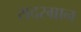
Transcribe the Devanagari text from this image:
सदरग्रान